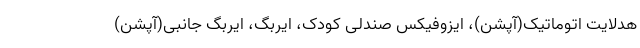
هدلایت اتوماتیک(آپشن)، ایزوفیکس صندلی کودک، ایربگ، ایربگ جانبی(آپشن)